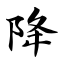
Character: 降